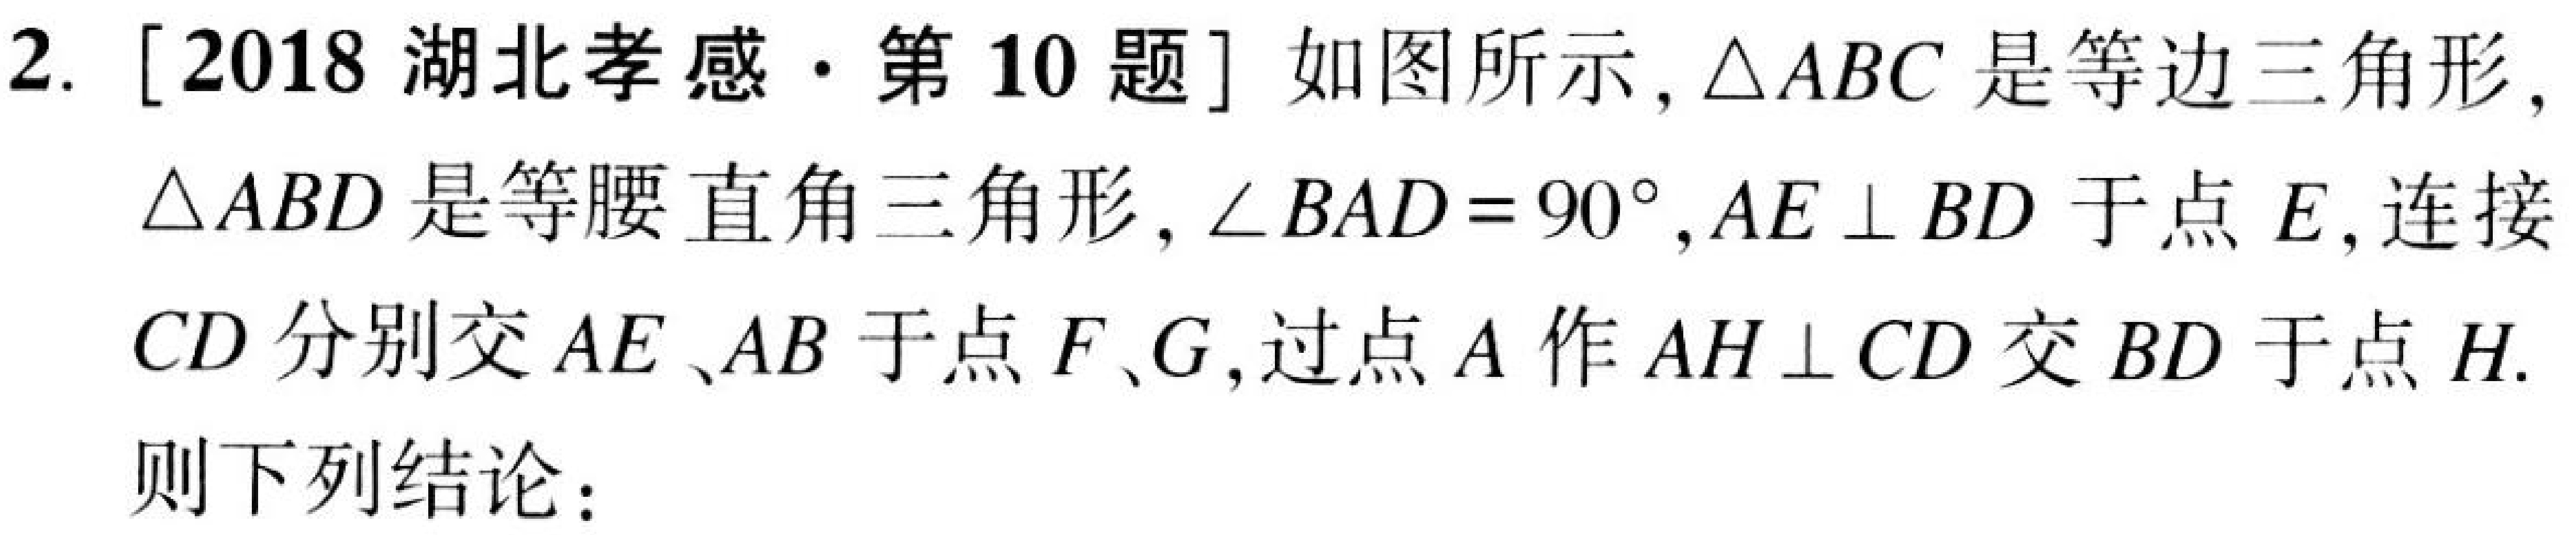
2. [2018湖北孝感·第10题] 如图所示，$\triangle ABC$是等边三角形，$\triangle ABD$是等腰直角三角形，$\angle BAD = 90^{\circ}$，$AE\perp BD$于点$E$，连接$CD$分别交$AE、AB$于点$F、G$，过点$A$作$AH\perp CD$交$BD$于点$H$.

则下列结论：